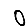
Digit: 0